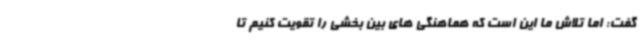
گفت: اما تلاش ما این است که هماهنگی های بین بخشی را تقویت کنیم تا